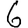
Digit: 6